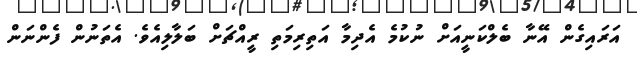
އަރައިގެން އޭނާ ބެލްކަނީއަށް ނުކުމެ އެދިމާ އަތިރިމަތި ރީއްޗަށް ބަލާލިއެވެ. އެތަނުން ފެންނަން